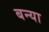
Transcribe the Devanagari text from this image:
बन्या